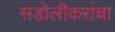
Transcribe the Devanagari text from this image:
सडोलीकरांचा